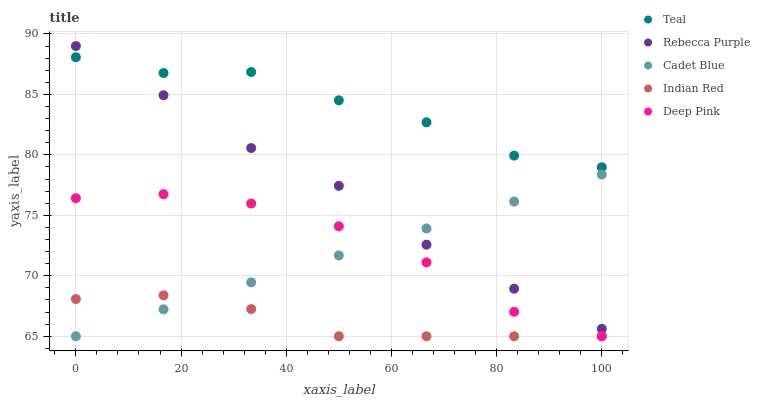
| xaxis_label | Teal | Rebecca Purple | Cadet Blue | Indian Red | Deep Pink |
 | --- | --- | --- | --- | --- | --- |
 | 0 | 88.1 | 89 | 65 | 68.1 | 76.4 |
 | 16.7 | 86.8 | 84.9 | 67.2 | 68.4 | 76.7 |
 | 33.3 | 86.9 | 80.6 | 69.5 | 67.3 | 76 |
 | 50 | 84.5 | 77.4 | 71.7 | 65 | 74.1 |
 | 66.7 | 82.7 | 72.6 | 73.9 | 65 | 71.1 |
 | 83.3 | 79.9 | 68.9 | 76.1 | 65 | 67 |
 | 100 | 79 | 65.6 | 78.4 | 65 | 65 |